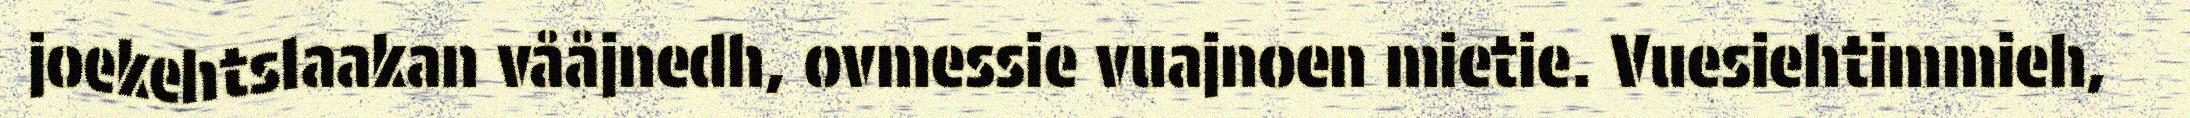
joekehtslaakan vååjnedh, ovmessie vuajnoen mietie. Vuesiehtimmieh,